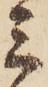
ミ